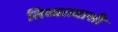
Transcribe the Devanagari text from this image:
तिब्बतवासी